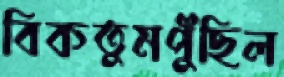
বিকতুমপুঁছিল